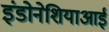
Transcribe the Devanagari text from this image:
इंडोनेशियाआई